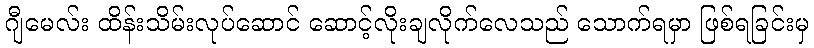
ဂျီမေလ်း ထိန်းသိမ်းလုပ်ဆောင် ဆောင့်လိုးချလိုက်လေသည် သောက်ရမှာ ဖြစ်ရခြင်းမှ